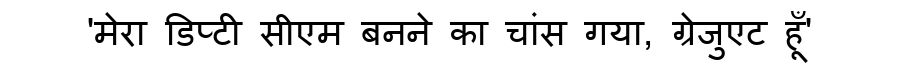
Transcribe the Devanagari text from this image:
'मेरा डिप्टी सीएम बनने का चांस गया, ग्रेजुएट हूँ'